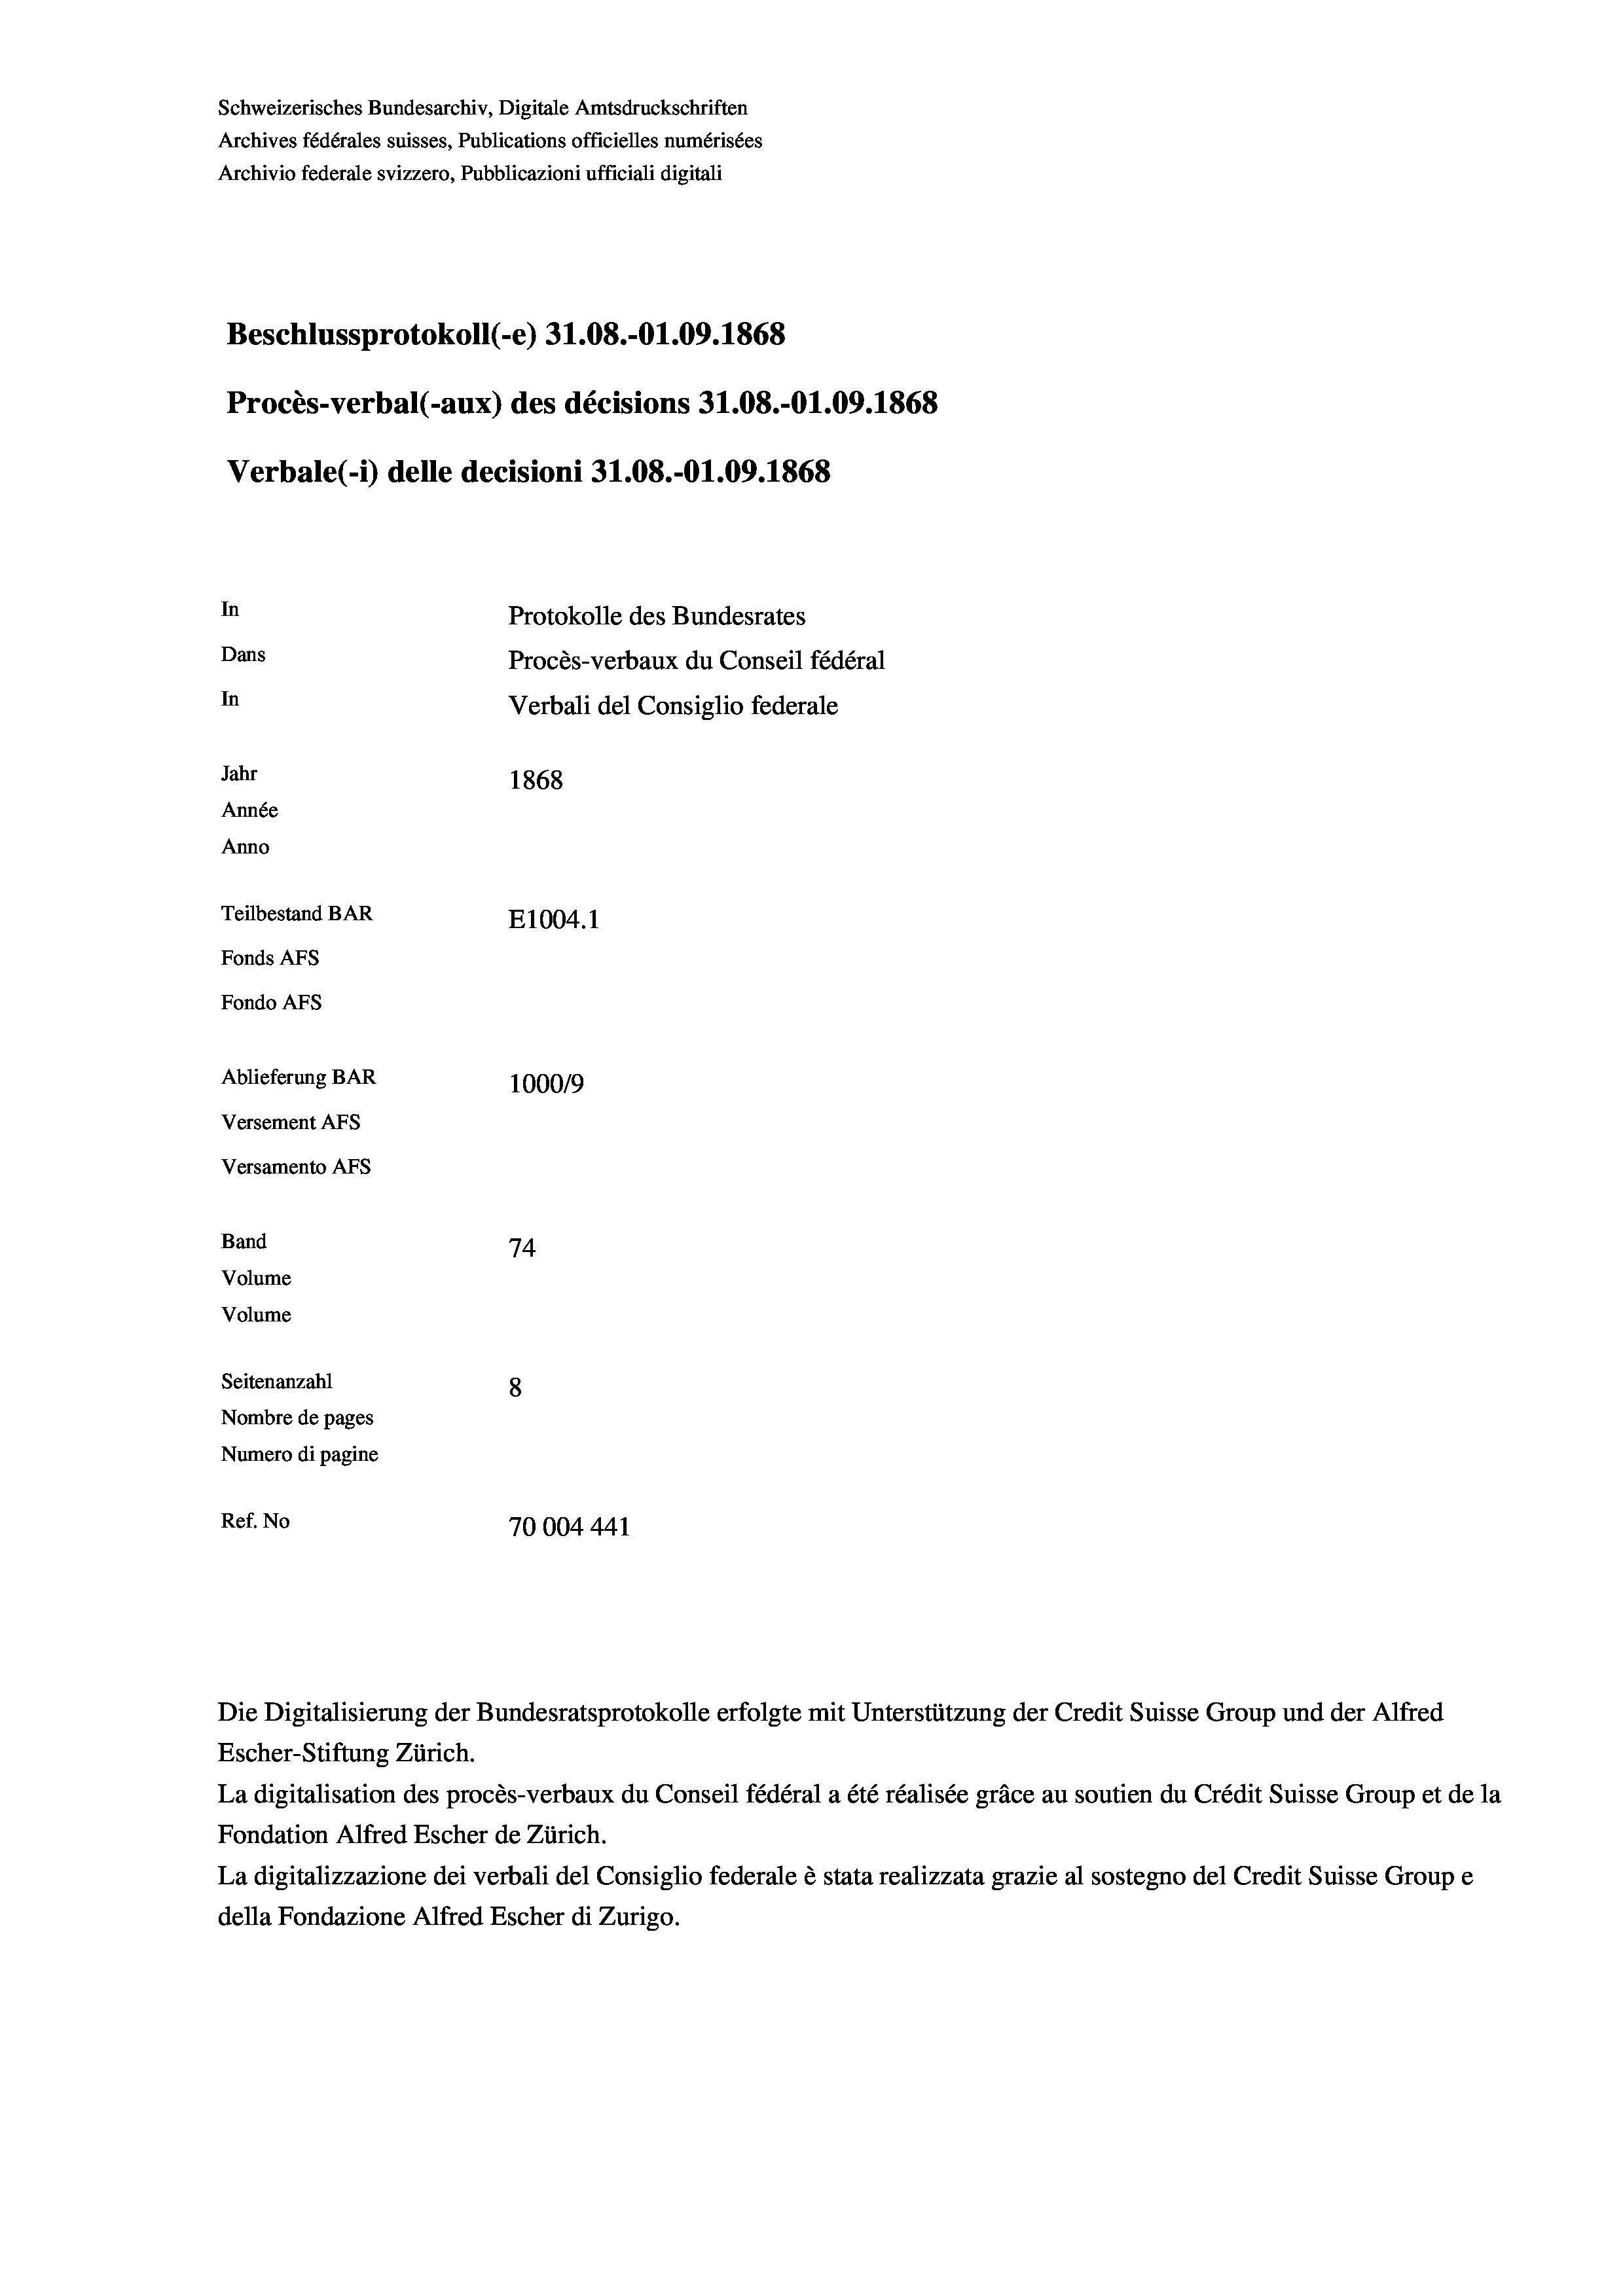
Schweizerisches Bundesarchiv, Digitale Amtsdruckschriften
Archives fédérales suisses, Publications officielles numérisées
Archivio federale svizzero, Pubblicazioni ufficiali digitali
Beschlussprotokoll (-e) 31.08.-01.09. 1868
Procès-verbal (-aux) des décisions 31.08.-O1.09. 1868
Verbale(-*) delle decisioni 31.08.-O1.09. 1868
In
Protokolle des Bundesrates
Dans
Procès-verbaux du Conseil fédéral
In
Verbali del Consiglio federale
Jahr
1868
Année
Anno
Teilbestand BAR
E1004. 1
Fonds AFs
Fondo AFs
Ablieferung BAR
100019
Versement AFs
Versamento Afs
Band
74
Volume

Volume
Seitenanzahl
8
Nombre de pages
Numero di pagine
Ref. No
70004441

Die Digitalisierung der Bundesratsprotokolle erfolgte mit Unterstützung der Credit Suisse Group und der Alfred
Escher-Stiftung Zürich.
La digitalisation des procès-verbaux du Conseil fédéral a été réalisée gräce au soutien du Crédit Suisse Group et de la
Fondation Alfred Escher de Zürich.
La digitalizzazione dei verbali del Consiglio federale è stata realizzata grazie al sostegno del Credit Suisse Groupe
della Fondazione Alfred Escher di Zurigo.